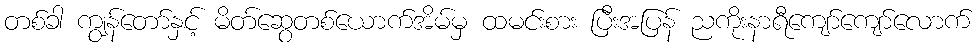
တစ်ခါ ကျွန်တော်နှင့် မိတ်ဆွေတစ်ယောက်အိမ်မှ ထမင်းစား ပြီးအပြန် ညကိုးနာရီကျော်ကျော်လောက်